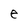
Character: e